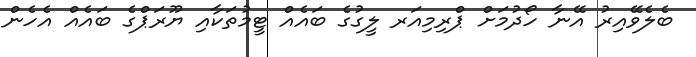
ބެލެވޭއިރު އޭނާ ހޯދުމަށް ޕްރިމިއަރ ލީގުގެ ބައެއް ޓީމުތަކާއި ޔޫރަޕްގެ ބައެއް އެހެން